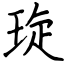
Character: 琁